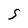
Character: S